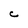
Character: C